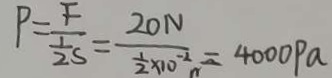
P = \frac { F } { \frac { 1 } { 2 } s } = \frac { 2 0 N } { \frac { 1 } { 2 } \times 1 0 ^ { - 2 } } = 4 0 0 0 P a